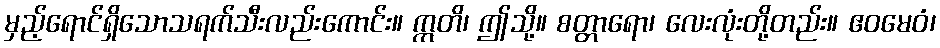
မှည့်ရောင်ရှိသောသရက်သီးလည်းကောင်း။ ဣတိ၊ ဤသို့။ စတ္တာရော၊ လေးလုံးတို့တည်း။ ဧဝမေဝံ၊